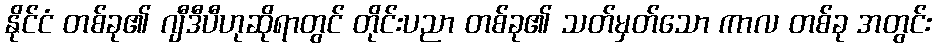
နိုင်ငံ တစ်ခု၏ ဂျီဒီပီဟုဆိုရာတွင် တိုင်းပညာ တစ်ခု၏ သတ်မှတ်သော ကာလ တစ်ခု အတွင်း